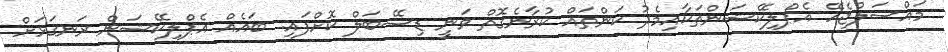
މައްސަލްޖެހޭ އެޕްލިކޭޝަންތަކާއިމެދު ކަންތައް ކުރާނެގޮތް ވަނީ ޑިސޭބަލް ކޮށްފައި. ބައެއް އެޕްލިކޭޝަން ރަނގަޅަށް